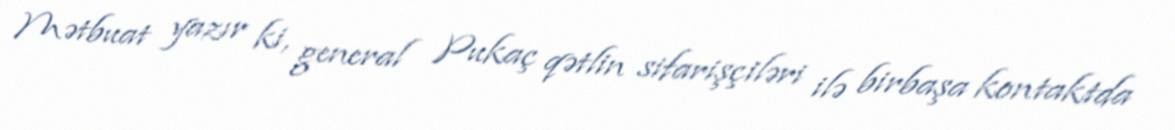
Mətbuat yazır ki, general Pukaç qətlin sifarişçiləri ilə birbaşa kontaktda